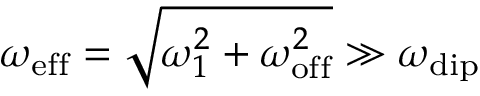
\omega _ { \mathrm { e f f } } = \sqrt { \omega _ { 1 } ^ { 2 } + \omega _ { \mathrm { o f f } } ^ { 2 } } \gg \omega _ { \mathrm { d i p } }